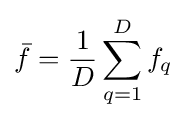
{\bar {f}}={\frac {1}{D}}\sum \limits _{q=1}^{D}f_{q}